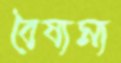
বৈষ্যম্য